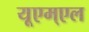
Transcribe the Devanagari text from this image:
यूएम्एल